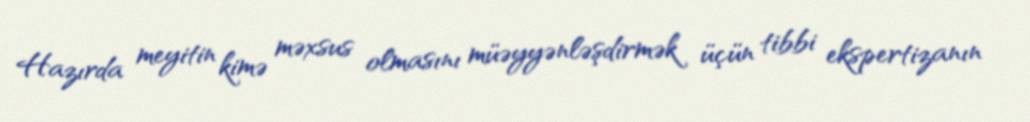
Hazırda meyitin kimə məxsus olmasını müəyyənləşdirmək üçün tibbi ekspertizanın